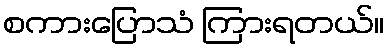
စကားပြောသံ ကြားရတယ်။